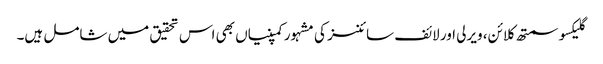
گلیکسو سمتھ کلائن، ویرلی اور لائف سائنسز کی مشہور کمپنیاں بھی اس تحقیق میں شامل ہیں۔